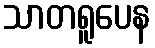
သာတရူပေန